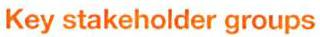
Key stakeholder groups